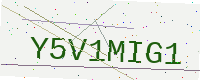
Text: Y5V1MIG1